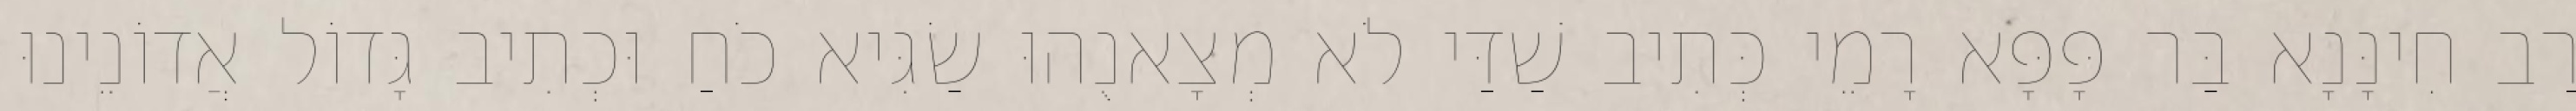
רַב חִינָּנָא בַּר פָּפָּא רָמֵי כְּתִיב שַׁדַּי לֹא מְצָאנֻהוּ שַׂגִּיא כֹחַ וּכְתִיב גָּדוֹל אֲדוֹנֵינוּ